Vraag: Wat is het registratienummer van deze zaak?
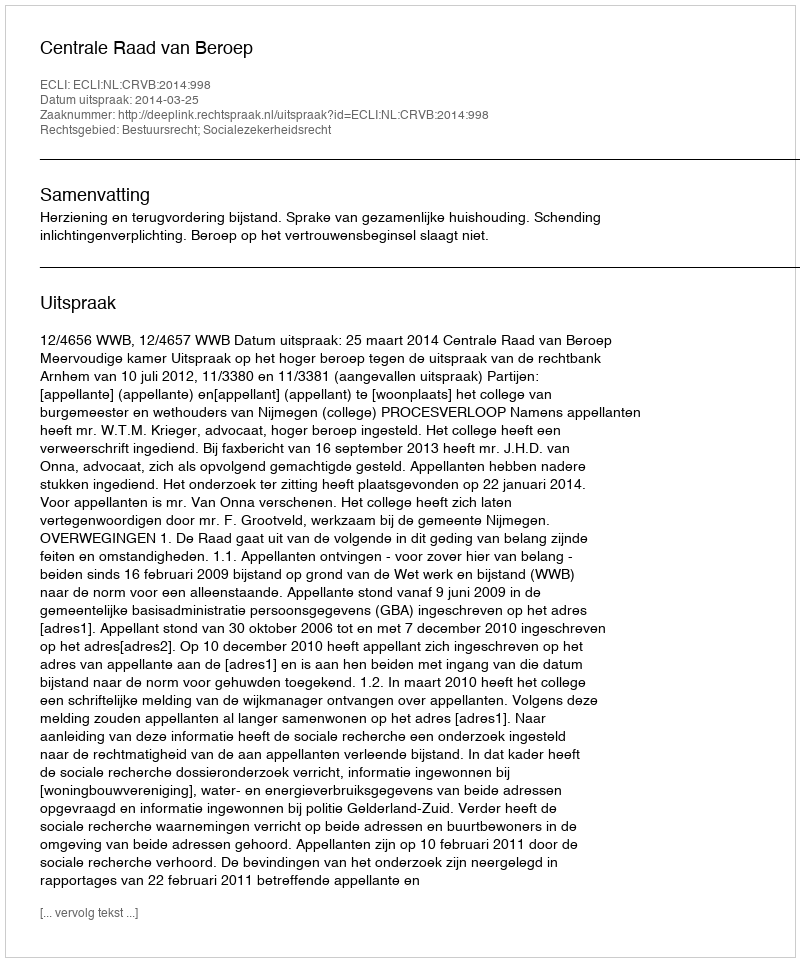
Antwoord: http://deeplink.rechtspraak.nl/uitspraak?id=ECLI:NL:CRVB:2014:998